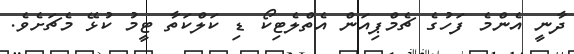
ދާނީ އެންމެ ފަހުގެ ޗެމްޕިއަން އެތްލެޓިކޯ ޑި ކަލްކަތާ ޓީމު ކުޅޭ މެޗަށެވެ.